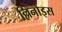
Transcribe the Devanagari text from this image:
ल्लिनोइस